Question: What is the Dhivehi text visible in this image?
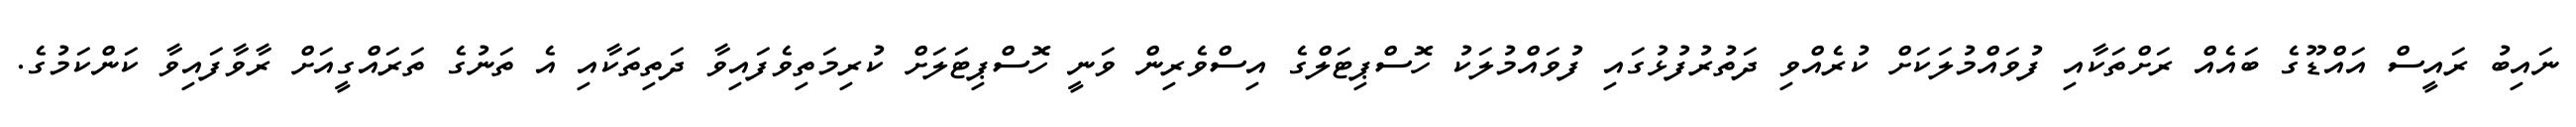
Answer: ނައިބު ރައީސް އައްޑޫގެ ބައެއް ރަށްތަކާއި ފުވައްމުލަކަށް ކުރެއްވި ދަތުރުފުޅުގައި ފުވައްމުލަކު ހޮސްޕިޓަލްގެ އިސްވެރިން ވަނީ ހޮސްޕިޓަލަށް ކުރިމަތިވެފައިވާ ދަތިތަކާއި އެ ތަނުގެ ތަރައްގީއަށް ރާވާފައިވާ ކަންކަމުގެ.